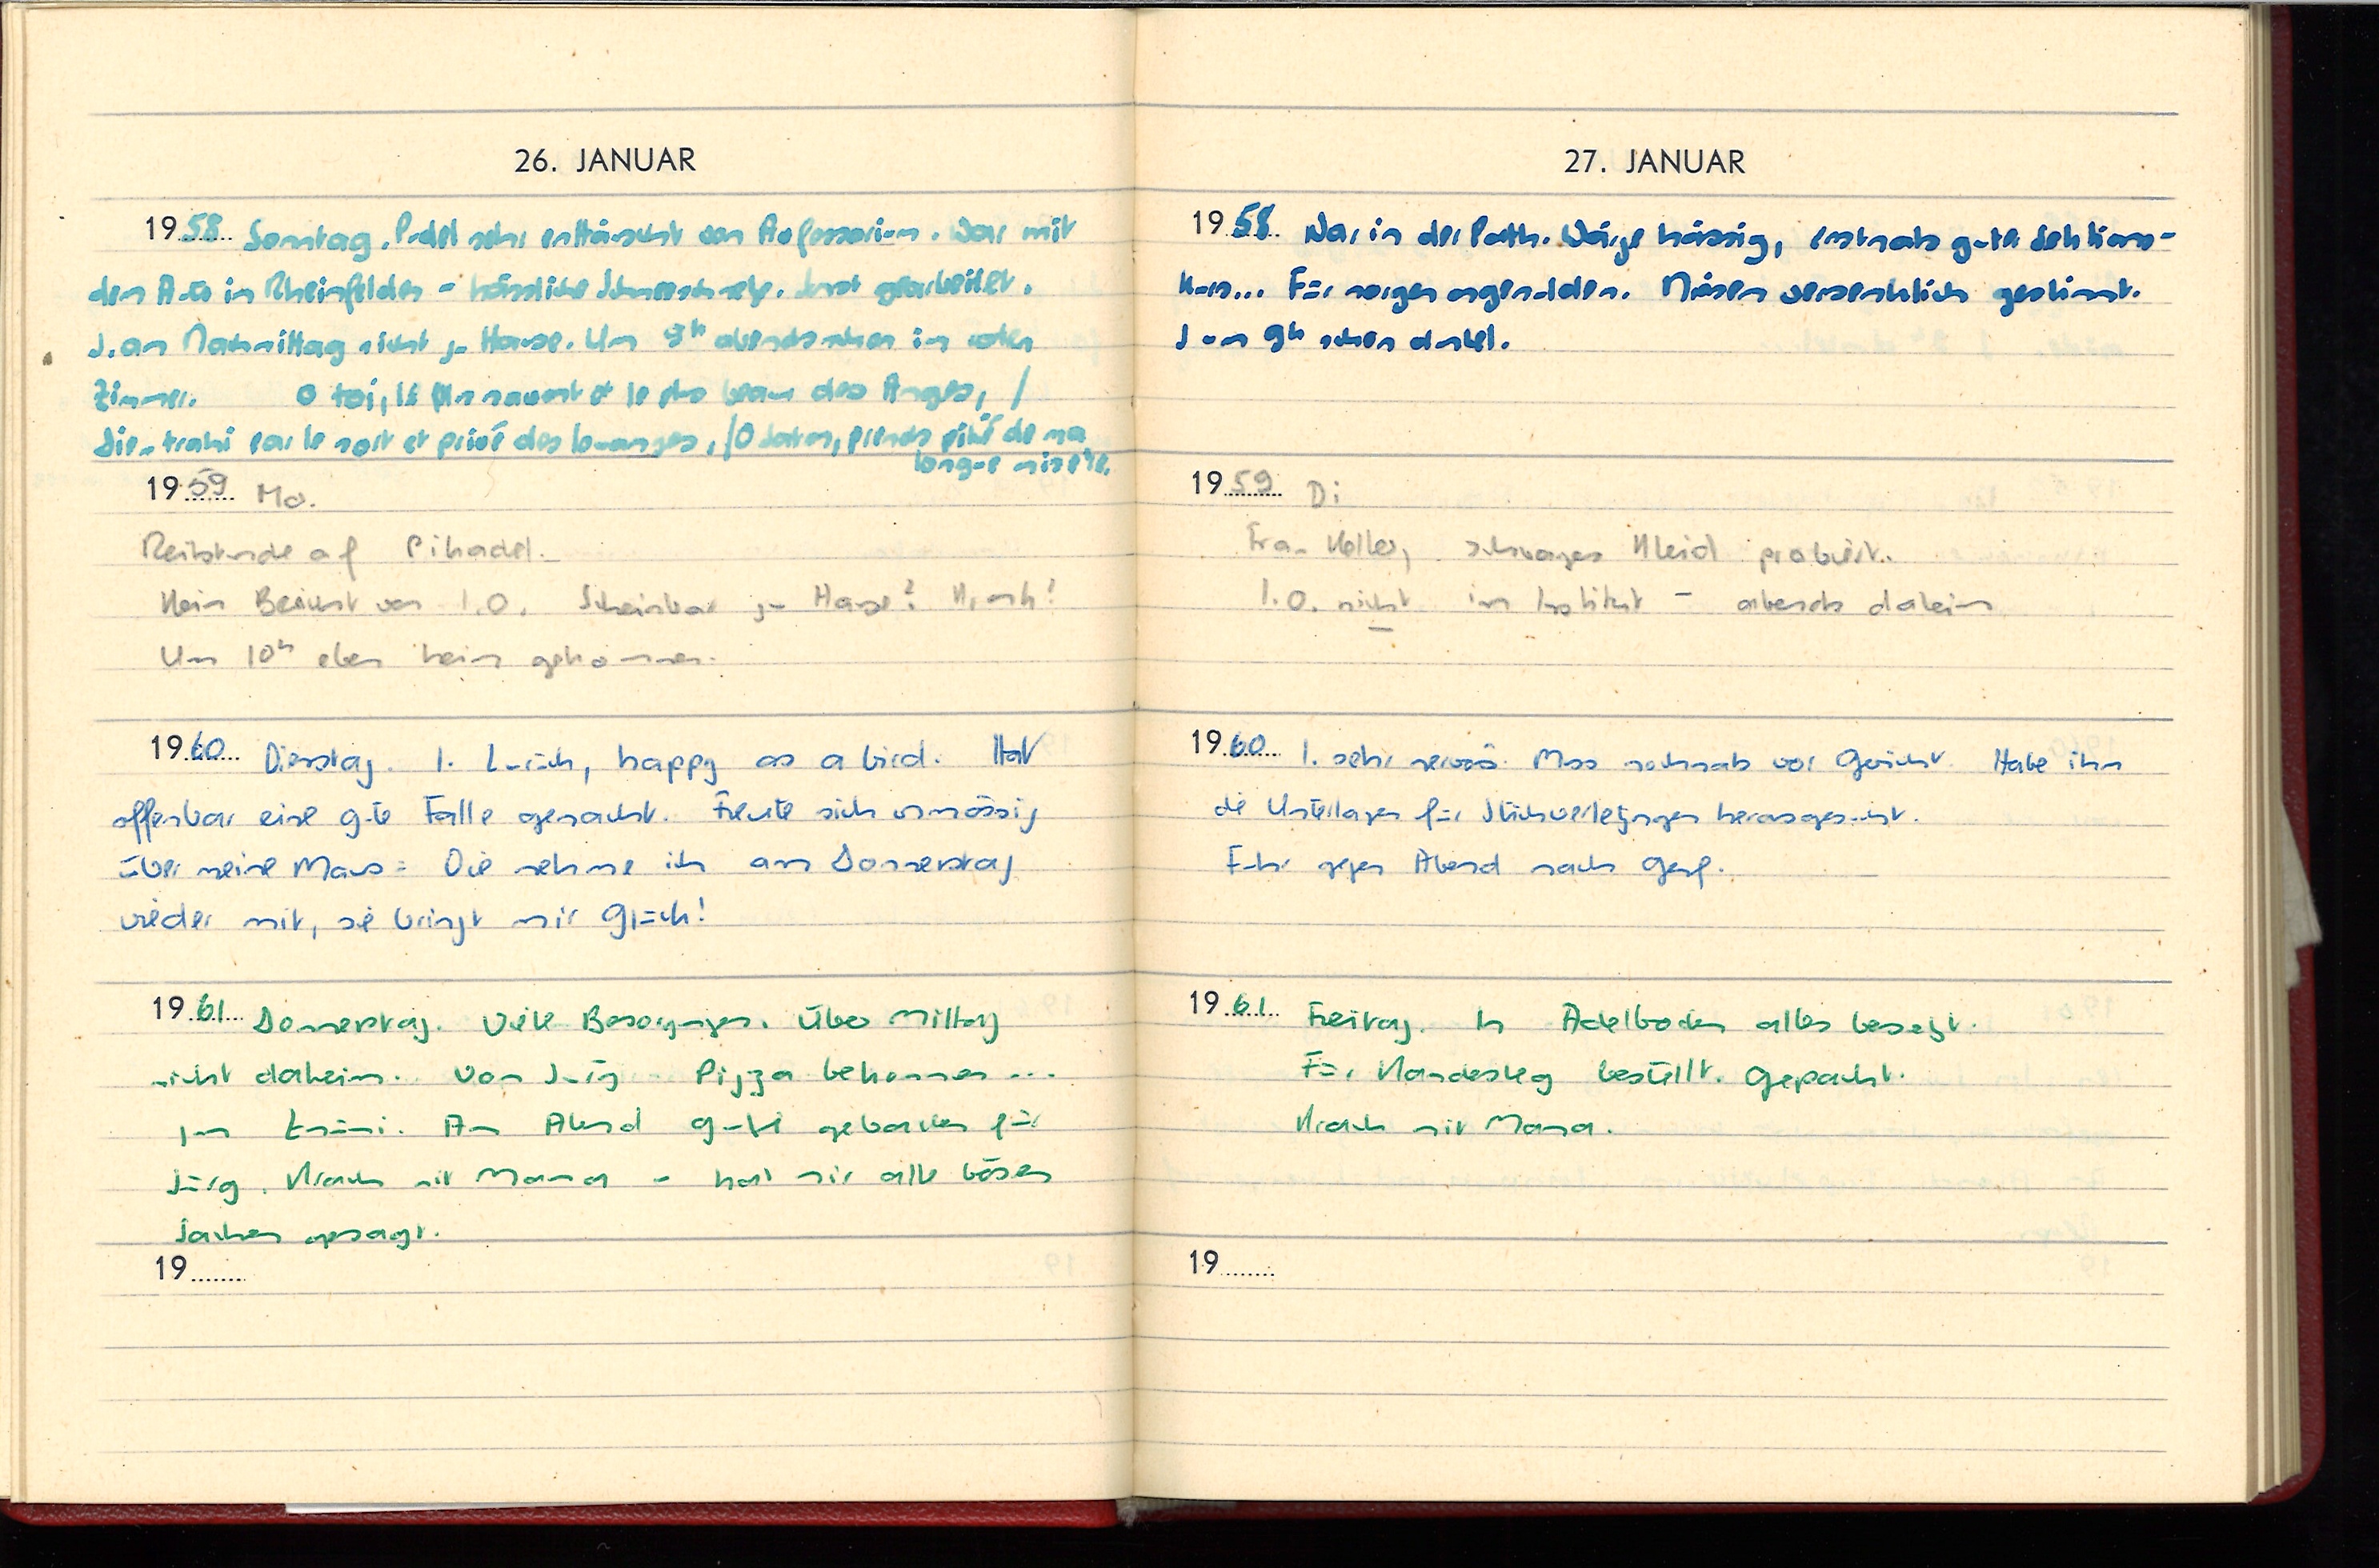
26. JANUAR
1958 Sonntag. Pudel sehr enttäuscht von Professorium. War mit
dem Auto in Rheinfelden - hässliche Schneesch. Erst gearbeitet.
J. am Nachmittag nicht zu Hause. Um 910 abends schon im roten

Zimmer.
O toi, le plus savant et le plus beau des Anges,

dieu trahi par le sort et privé des louanges,/O Satan, prends pitié de ma
longue misère
1959 Mo
Reitstunde auf Pikadel
Kein Bericht von I.O. Scheinbar zu Hause? Krank?
Um 10h eben heim gekommen.
1960 Dienstag. I.  zurück happy as a bird. Hat
offenbar eine gute Falle gemacht. Freute sich unmässig
über meine Maus. Die nehme ich am Donnerstag
wieder mit, sie bringt mir Glück.
1961 Donnerstag. Viele Besorgungen. Über Mittag
nicht daheim. Von Jürg Pizza bekommen ...
zum Znüni. Am Abend gute gebacken für
Jürg. Krach mit Mama - hat mir alle bösen
Sachen gesagt.
19...

27. JANUAR
1958 War in der Pathologie. Wärge hässig, erstmals guter Sektions-
kurs ... Für morgen angemolden. Nären versenhlich gestimmt.
J. um 9h schon dunkel.
1959 Di
Frau Keller, schwarzes Kleid probiert.
I.O. nicht im Institut - abends daheim.
1960 I. sehr nervös. Muss nochmals vor Gericht. Habe ihm
die Unterlagen für Stichverletzungen herausgesucht.
Fuhr gegen Abend nach Genf.
1961 Freitag. In Adelboden alles besetzt.
Für Kandersteg bestellt. Gepackt.
Krach mit Mama.
19...